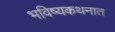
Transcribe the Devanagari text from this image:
भविष्यकथनात